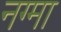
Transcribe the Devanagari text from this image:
नग्मा